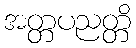
အတ္တပညတ္တိ